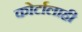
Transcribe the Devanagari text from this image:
कोर्टालाही